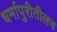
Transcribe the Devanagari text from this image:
धर्मापुरीतीलच